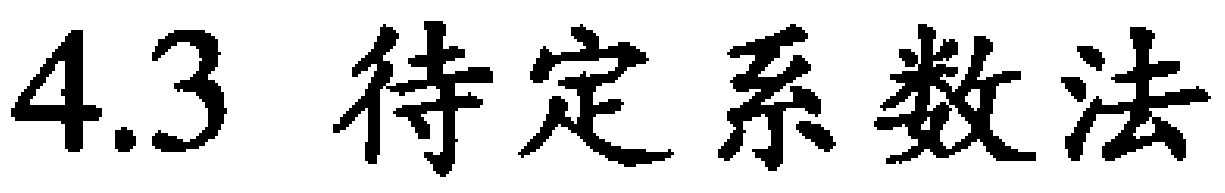
4.3 待定系数法